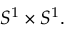
S ^ { 1 } \times S ^ { 1 } .